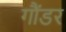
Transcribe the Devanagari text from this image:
गौंडर